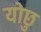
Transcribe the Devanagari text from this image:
योछु